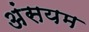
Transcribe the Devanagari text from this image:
अंसयम